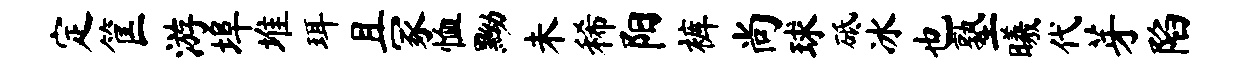
定筐游埠堆珥且冢恤黝未稀阳裤尚球砥冰也塾曦代芽陷